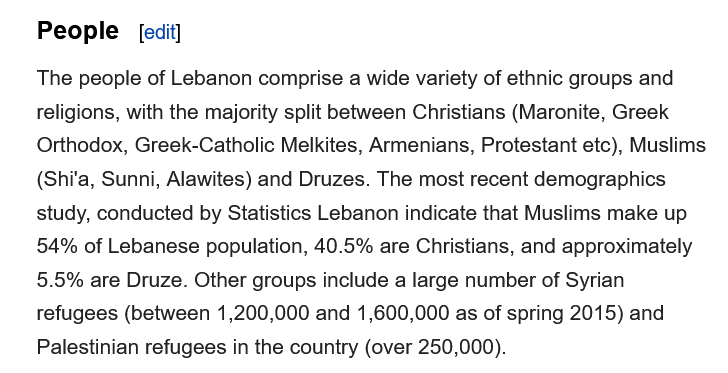
People
    The people of Lebanon comprise a wide variety of ethnic groups and
    religions, with the majority split between Christians (Maronite, Greek
    Orthodox, Greek-Catholic Melkites, Armenians, Protestant etc), Muslims
    (Shi'a, Sunni, Alawites) and Druzes. The most recent demographics
    study, conducted by Statistics Lebanon indicate that Muslims make up
    54%  of Lebanese population, 40.5% are Christians, and approximately
    5.5% are Druze. Other groups include a large number of Syrian
    refugees (between 1,200,000 and 1,600,000 as of spring 2015) and
    Palestinian refugees in the country (over 250,000).
     [edit]